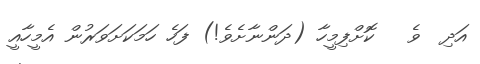
އަދި  ވެ   ކޮށްފިމީހާ (ދަންނާށެވެ!) ފަހެ ހަމަކަށަވަރުން އެމީހާއީ